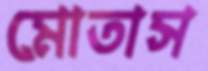
মোতাস